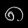
Digit: ၈